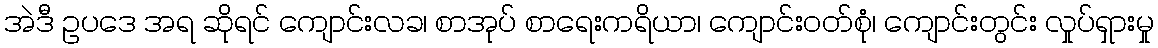
အဲဒီ ဥပဒေ အရ ဆိုရင် ကျောင်းလခ၊ စာအုပ် စာရေးကရိယာ၊ ကျောင်း၀တ်စုံ၊ ကျောင်းတွင်း လှုပ်ရှားမှု